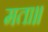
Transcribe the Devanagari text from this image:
मता॥